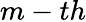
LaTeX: m-th